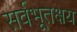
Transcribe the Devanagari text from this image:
सर्वभूतक्षय